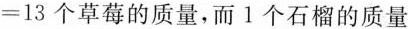
=13个草莓的质量，而1个石榴的质量